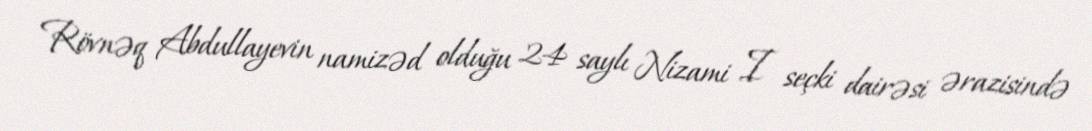
Rövnəq Abdullayevin namizəd olduğu 24 saylı Nizami I seçki dairəsi ərazisində